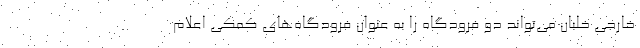
خارجی خلبان می‌تواند دو فرودگاه را به عنوان فرودگاه‌های کمکی اعلام